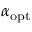
\alpha _ { \mathrm { o p t } }